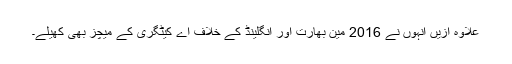
علاوہ ازیں انہوں نے 2016 مین بھارت اور انگلینڈ کے خلاف اے کیٹگری کے میچز بھی کھیلے۔